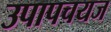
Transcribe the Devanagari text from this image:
उपापचयज